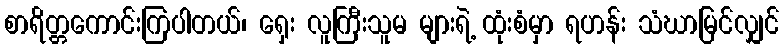
စာရိတ္တကောင်းကြပါတယ်၊ ရှေး လူကြီးသူမ များရဲ့ ထုံးစံမှာ ရဟန်း သံဃာမြင်လျှင်